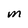
Character: M